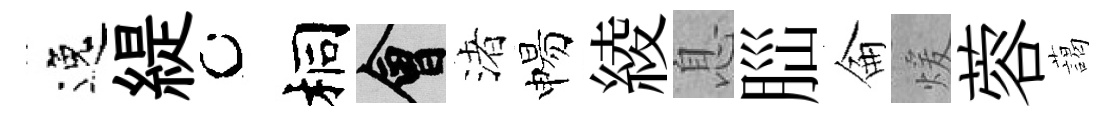
逸緹桐會渚惕綾息𦛁侖煖蓉藹